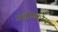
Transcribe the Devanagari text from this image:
अशाष्कीय